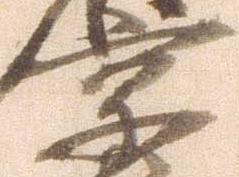
京